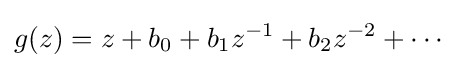
g(z)=z+b_{0}+b_{1}z^{-1}+b_{2}z^{-2}+\cdots